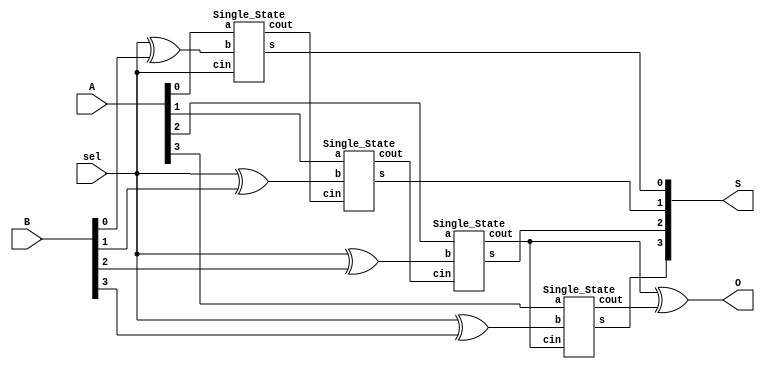
    module AS(sel, A, B, S, O);
        input [3:0] A, B;
        input sel;
        output [3:0] S;
        output O;

        wire ripple0,ripple1,ripple2,ripple3;

        assign O = ripple2^ripple3;

        Single_State s0( .a( A[0] ), .b(sel^B[0]), .cin( sel ),     .s( S[0]), .cout( ripple0 ) );
        Single_State s1( .a( A[1] ), .b(sel^B[1]), .cin( ripple0 ), .s( S[1]), .cout( ripple1 ) );
        Single_State s2( .a( A[2] ), .b(sel^B[2]), .cin( ripple1 ), .s( S[2]), .cout( ripple2 ) );
        Single_State s3( .a( A[3] ), .b(sel^B[3]), .cin( ripple2 ), .s( S[3]), .cout( ripple3 ) );
        
endmodule

module Single_State(
    input a,
    input b,
    input cin,
    output  s,
    output cout );

    assign s    = a ^ b ^ cin;
    assign cout = (a & b)  |  (a & cin)  |  (b & cin);
endmodule